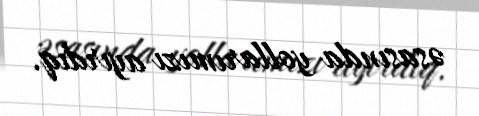
əsasında yollarımızı ayırdıq.